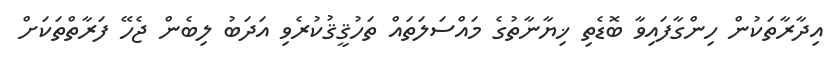
އިދާރާތަކުން ހިންގާފައިވާ ބޮޑެތި ޚިޔާނާތުގެ މައްސަލަތައް ތަހުޤީޤުކުރެވި އަދަބު ލިބެން ޖެހޭ ފަރާތްތަކަށް